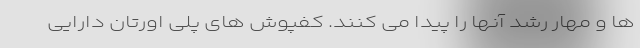
ها و مهار رشد آنها را پیدا می ‌کنند. کفپوش های پلی اورتان دارایی